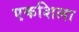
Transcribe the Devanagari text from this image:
एकशिला